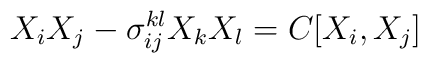
X_i X_j - \sigma _{ij}^{kl}X_k X_l = C[X_i, X_j]